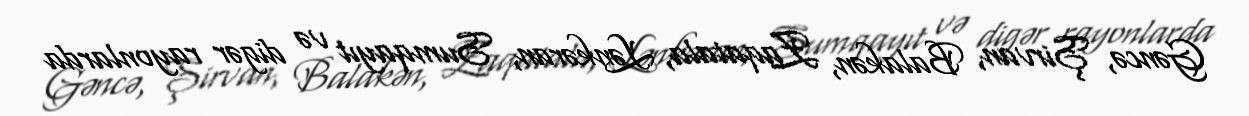
Gəncə, Şirvan, Balakən, Zaqatala, Lənkəran, Sumqayıt və digər rayonlarda